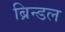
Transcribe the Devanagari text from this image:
ब्रिन्डल